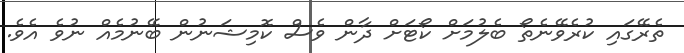
ތެރޭގައި ކުރެވޭނެތޯ ބެލުމަށް ކޯޓަށް ދާން ވެސް ކޮމިޝަނުން ބޭނުމެއް ނުވެ އެވެ.